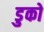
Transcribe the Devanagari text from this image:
डुको